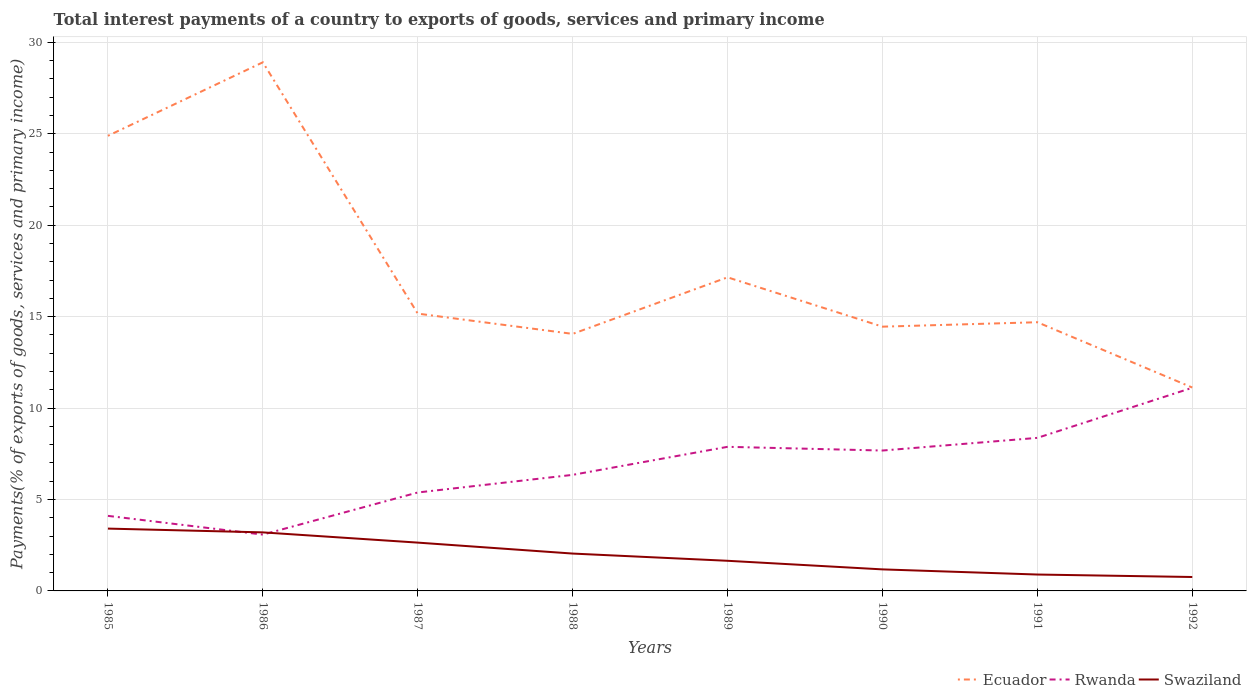
| Years | Ecuador | Rwanda | Swaziland |
 | --- | --- | --- | --- |
 | 1985 | 24.9 | 4.11 | 3.41 |
 | 1986 | 28.9 | 3.08 | 3.2 |
 | 1987 | 15.2 | 5.38 | 2.64 |
 | 1988 | 14.1 | 6.35 | 2.04 |
 | 1989 | 17.2 | 7.88 | 1.65 |
 | 1990 | 14.5 | 7.68 | 1.18 |
 | 1991 | 14.7 | 8.37 | 0.896 |
 | 1992 | 11.1 | 11.1 | 0.761 |